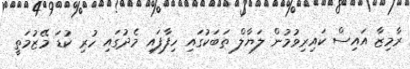
ރާމިޒާ އައިސް ކައިރިވުމުން ލަޔާލް ތަބަކުގައި ހިފާފައި މެދުގައި ހުރި ކުޑަ މޭޒުމަތީ